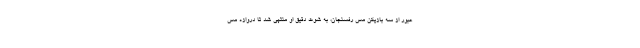
عبور از سه بازیکن مس رفسنجان، به شوت دقیق او منتهی شد تا دروازه مس